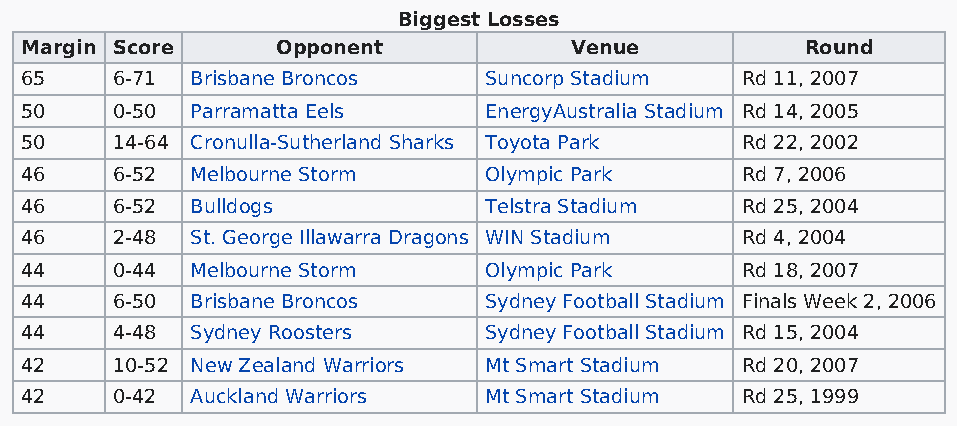
Biggest Losses
 Margin Score     Opponent            Venue          Round
 65    6-71  Brisbane Broncos   Suncorp Stadium  Rd 11, 2007
 50    0-50  Parramatta Eels    EnergyAustralia Stadium Rd 14, 2005
 50    14-64 Cronulla-Sutherland Sharks Toyota Park Rd 22, 2002
 46    6-52  Melbourne Storm    Olympic Park     Rd 7, 2006
 46    6-52  Bulldogs           Telstra Stadium  Rd 25, 2004
 46    2-48  St. George Illawarra Dragons WIN Stadium Rd 4, 2004
 44    0-44  Melbourne Storm    Olympic Park     Rd 18, 2007
 44    6-50  Brisbane Broncos   Sydney Football Stadium Finals Week 2, 2006
 44    4-48  Sydney Roosters    Sydney Football Stadium Rd 15, 2004
 42    10-52 New Zealand Warriors Mt Smart Stadium Rd 20, 2007
 42    0-42  Auckland Warriors  Mt Smart Stadium Rd 25, 1999